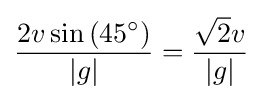
{\frac {2v\sin {(45^{\circ })}}{|g|}}={\frac {{\sqrt {2}}v}{|g|}}